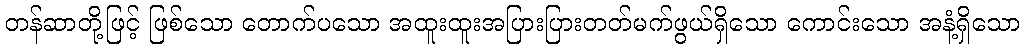
တန်ဆာတို့ဖြင့် ဖြစ်သော တောက်ပသော အထူးထူးအပြားပြားတတ်မက်ဖွယ်ရှိသော ကောင်းသော အနံ့ရှိသော